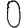
Digit: 0